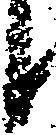
候